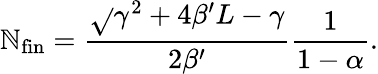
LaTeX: \mathbb{N}_{\textnormal{fin}}=\frac{{\sqrt{}{{\gamma^{2}+4\beta^{\prime}L}}-\gamma}}{{2\beta^{\prime}}}\frac{{1}}{{1-\alpha}}.